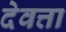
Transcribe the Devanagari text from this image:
देवत्ता